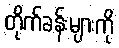
တိုက်ခန်းများကို